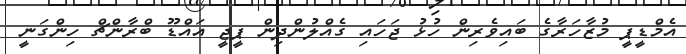
އެމްޑީޕީ މުޒާހަރާގެ ބައިވެރިން ހުޅު ޖަހައި ގެއްލުންދިން ޕީޖީ އައްޑޫ ބްރާންޗް ހިންގަނީ